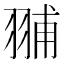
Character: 䎍